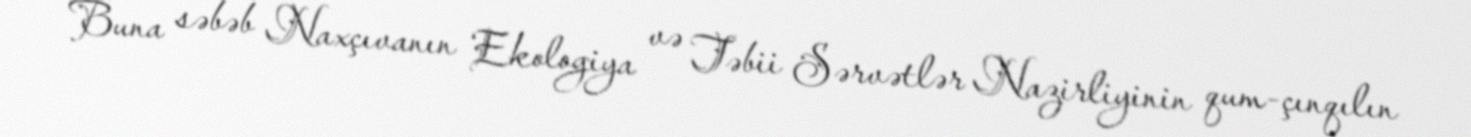
Buna səbəb Naxçıvanın Ekologiya və Təbii Sərvətlər Nazirliyinin qum-çınqılın